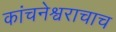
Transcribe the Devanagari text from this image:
कांचनेश्वराचाच